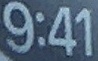
9:41